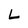
Character: L